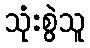
သုံးစွဲသူ